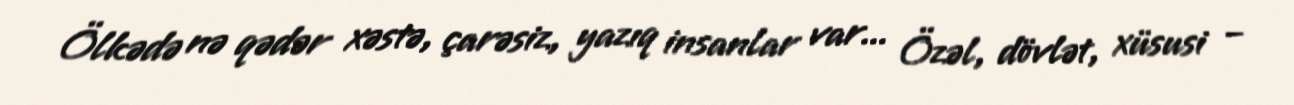
Ölkədə nə qədər xəstə, çarəsiz, yazıq insanlar var... Özəl, dövlət, xüsusi –